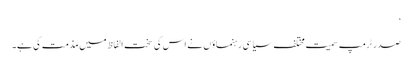
‘
صدر ٹرمپ سمیت مختلف سیاسی رہنماؤں نے اس کی سخت الفاظ میں مذمت کی ہے۔